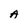
Character: A